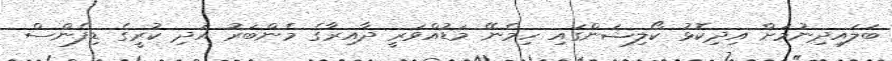
ބަލައިދިނުމަށް އިދިކޮޅު ކޯލިޝަންގައި ހިމެނޭ މަޑުއްވަރީ ދާއިރާގެ މެންބަރު އަދި ކުރީގެ ޑިފެންސް